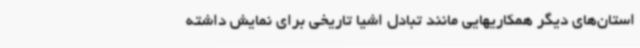
استان‌های دیگر همکاریهایی مانند تبادل اشیا تاریخی برای نمایش داشته